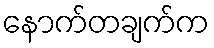
နောက်တချက်က